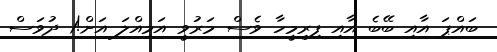
ބައްޕަ އާއި ބޭބެ އާއި ފިރިމީހާ ވެސް މަރުވީ އަމިއްލަ އަށް!1 ދުވަސް